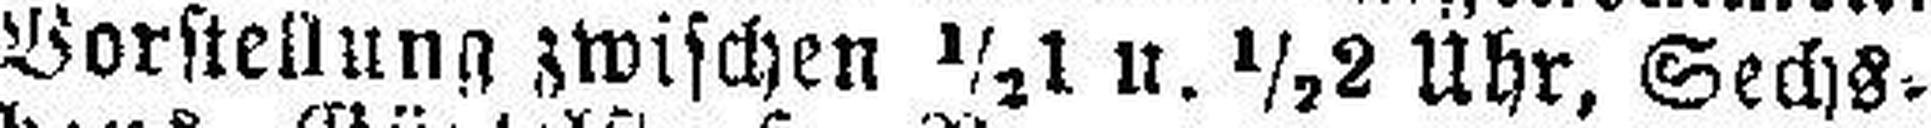
Vorstellung zwischen ½1 u. ½2 Uhr, Sechs¬